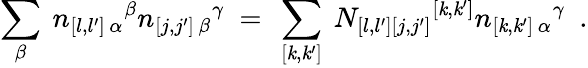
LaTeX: \sum_{\beta}\ n_{[l,l^{\prime}]\, \alpha}{}^{\beta}n_{[j,j^{\prime}]\, \beta}{}^{\gamma}\ =\ \sum_{[\mathit{k},\mathit{k}^{\prime}]}\ N_{[l,l^{\prime}][j,j^{\prime}]}{}^{[\mathit{k},\mathit{k}^{\prime}]}n_{[\mathit{k},\mathit{k}^{\prime}]\, \alpha}{}^{\gamma}\ \ .